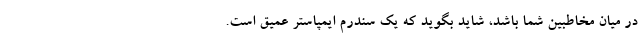
در میان مخاطبین شما باشد، شاید بگوید که یک سندرم ایمپاستر عمیق است.